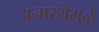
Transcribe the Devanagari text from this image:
अनास्थेमुळे